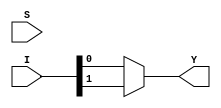
module MUX_8BY1(I,S,Y);
input [7:0] I;
input [2:0] S;
output reg Y;
always@(I,S)
begin
    if(s==3'b000)
    Y=I[0];
    else if(s==3'b001)
    Y=I[1];
    else if(s==3'b010)
    Y=I[2];
    else if(s==3'b011)
    Y=I[3];
    else if(s==3'b100)
    Y=I[4];
     else if(s==3'b101)
    Y=I[5];
    else if(s==3'b110)
    Y=I[6];
    else
    Y=I[7];
end
endmodule